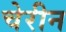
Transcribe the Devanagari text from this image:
चेरीन